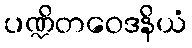
ပဏ္ဍိတဝေဒနိယံ